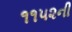
૧૧૫૨ની